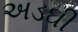
અડઘી